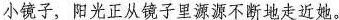
小镜子，阳光正从镜子里源源不断地走近她。